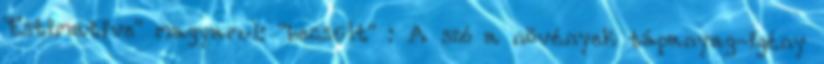
"Estimative" magyarul: "becsült" : A szó a növények tápanyag-igény